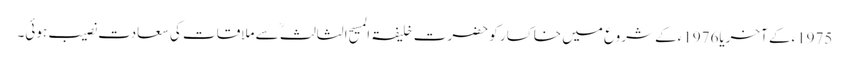
1975ءکے آخریا1976ءکے شروع میں خاکسار کو حضرت خلیفۃ المسیح الثالثؒ سے ملاقات کی سعادت نصیب ہوئی۔